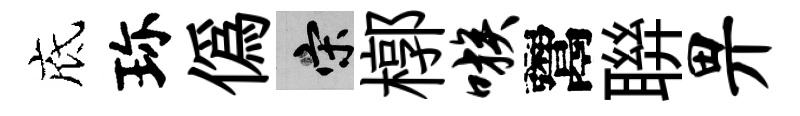
底珎偽宋槨嗾鬻聨畀